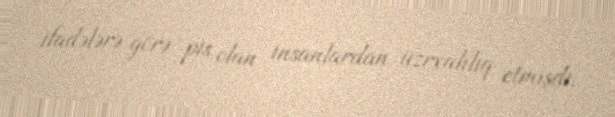
ifadələrə görə pis olan insanlardan üzrxahlıq etmişdi.